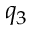
q _ { 3 }